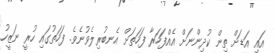
އައި އަޑަށް ތިން ކުދިންނަށް އެއްފަހަރާ ފަހަތަށް އެނބުރިލެވުނެވެ. ފަހަތުގައި ހުރީ ނަޒީހު